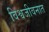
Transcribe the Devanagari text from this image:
विश्वजीवनात